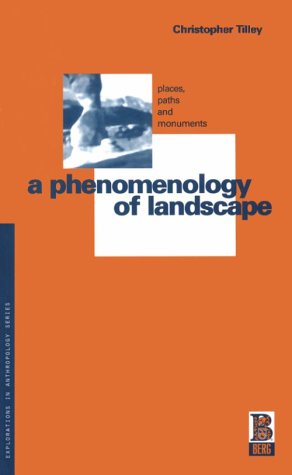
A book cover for A Phenomenology of Landscape: Places, Paths and Monuments (Explorations in Anthropology); Christopher Tilley; History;